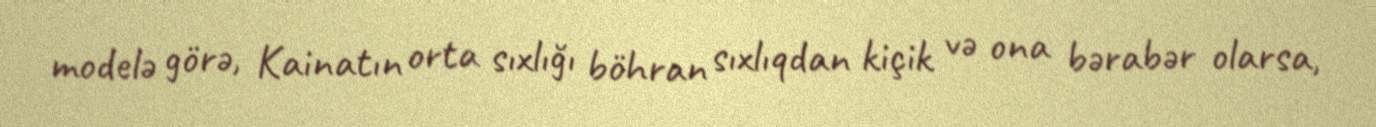
modelə görə, Kainatın orta sıxlığı böhran sıxlıqdan kiçik və ona bərabər olarsa,